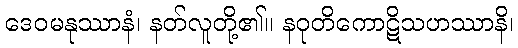
ဒေဝမနုဿာနံ၊ နတ်လူတို့၏။ နဝုတိကောဋိသဟဿာနိ၊